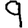
Digit: 9